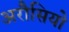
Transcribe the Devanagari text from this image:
अरौसियो